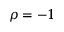
\rho = - 1